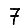
Digit: 7